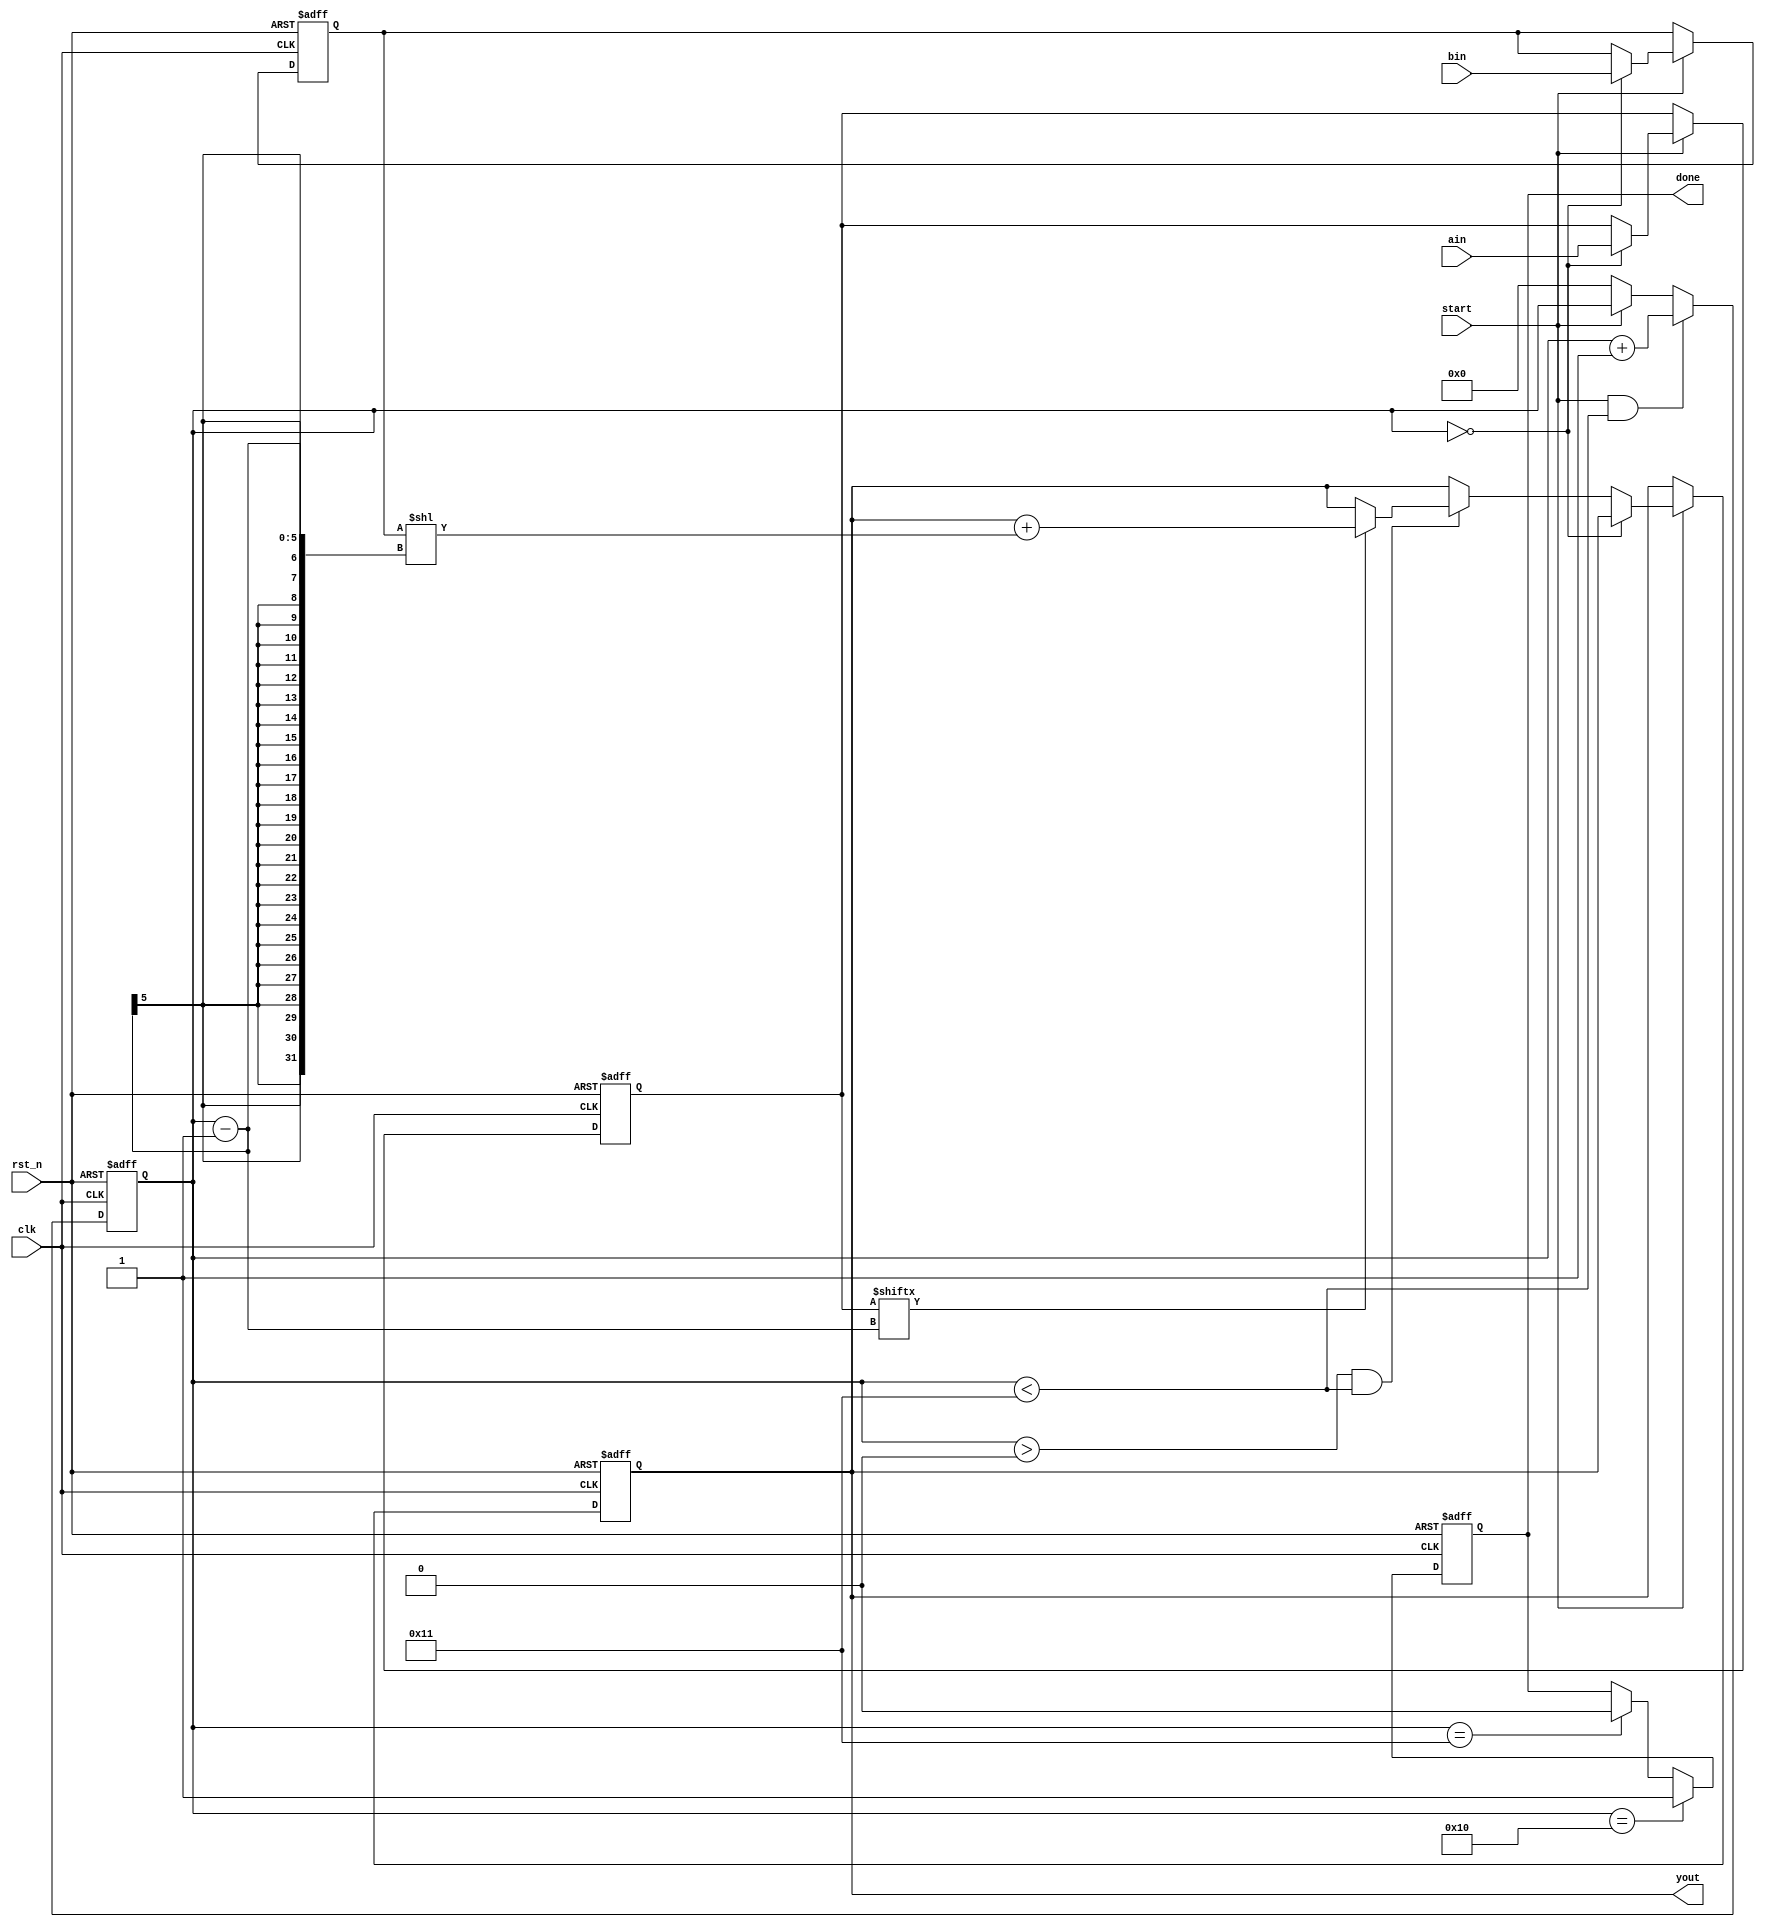
module multi_16bit (
  input clk,
  input rst_n,
  input start,
  input [15:0] ain,
  input [15:0] bin,
  output reg [31:0] yout,
  output reg done
);

  reg [4:0] i;
  reg [15:0] areg;
  reg [15:0] breg;
  reg [31:0] yout_r;
  reg done_r;

  always @(posedge clk or negedge rst_n) begin
    if (~rst_n) begin
      i <= 5'b0;
    end else begin
      if (start && (i < 5'd17)) begin
        i <= i + 1;
      end else if (!start) begin
        i <= 5'b0;
      end
    end
  end

  always @(posedge clk or negedge rst_n) begin
    if (~rst_n) begin
      done_r <= 1'b0;
    end else begin
      if (i == 5'd16) begin
        done_r <= 1'b1;
      end else if (i == 5'd17) begin
        done_r <= 1'b0;
      end
    end
  end

  always @(posedge clk or negedge rst_n) begin
    if (~rst_n) begin
      areg <= 16'b0;
      breg <= 16'b0;
      yout_r <= 32'b0;
    end else begin
      if (start) begin
        if (i == 5'd0) begin
          areg <= ain;
          breg <= bin;
        end else if (i > 5'd0 && i < 5'd17) begin
          if (areg[i-1] == 1'b1) begin
            yout_r <= yout_r + (breg << (i-1));
          end
        end
      end
    end
  end

  assign yout = yout_r;
  assign done = done_r;

endmodule